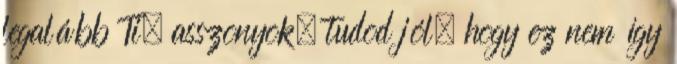
legalább Ti, asszonyok. tudod jól, hogy ez nem így